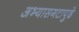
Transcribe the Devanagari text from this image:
अभ्यासगटापुढे